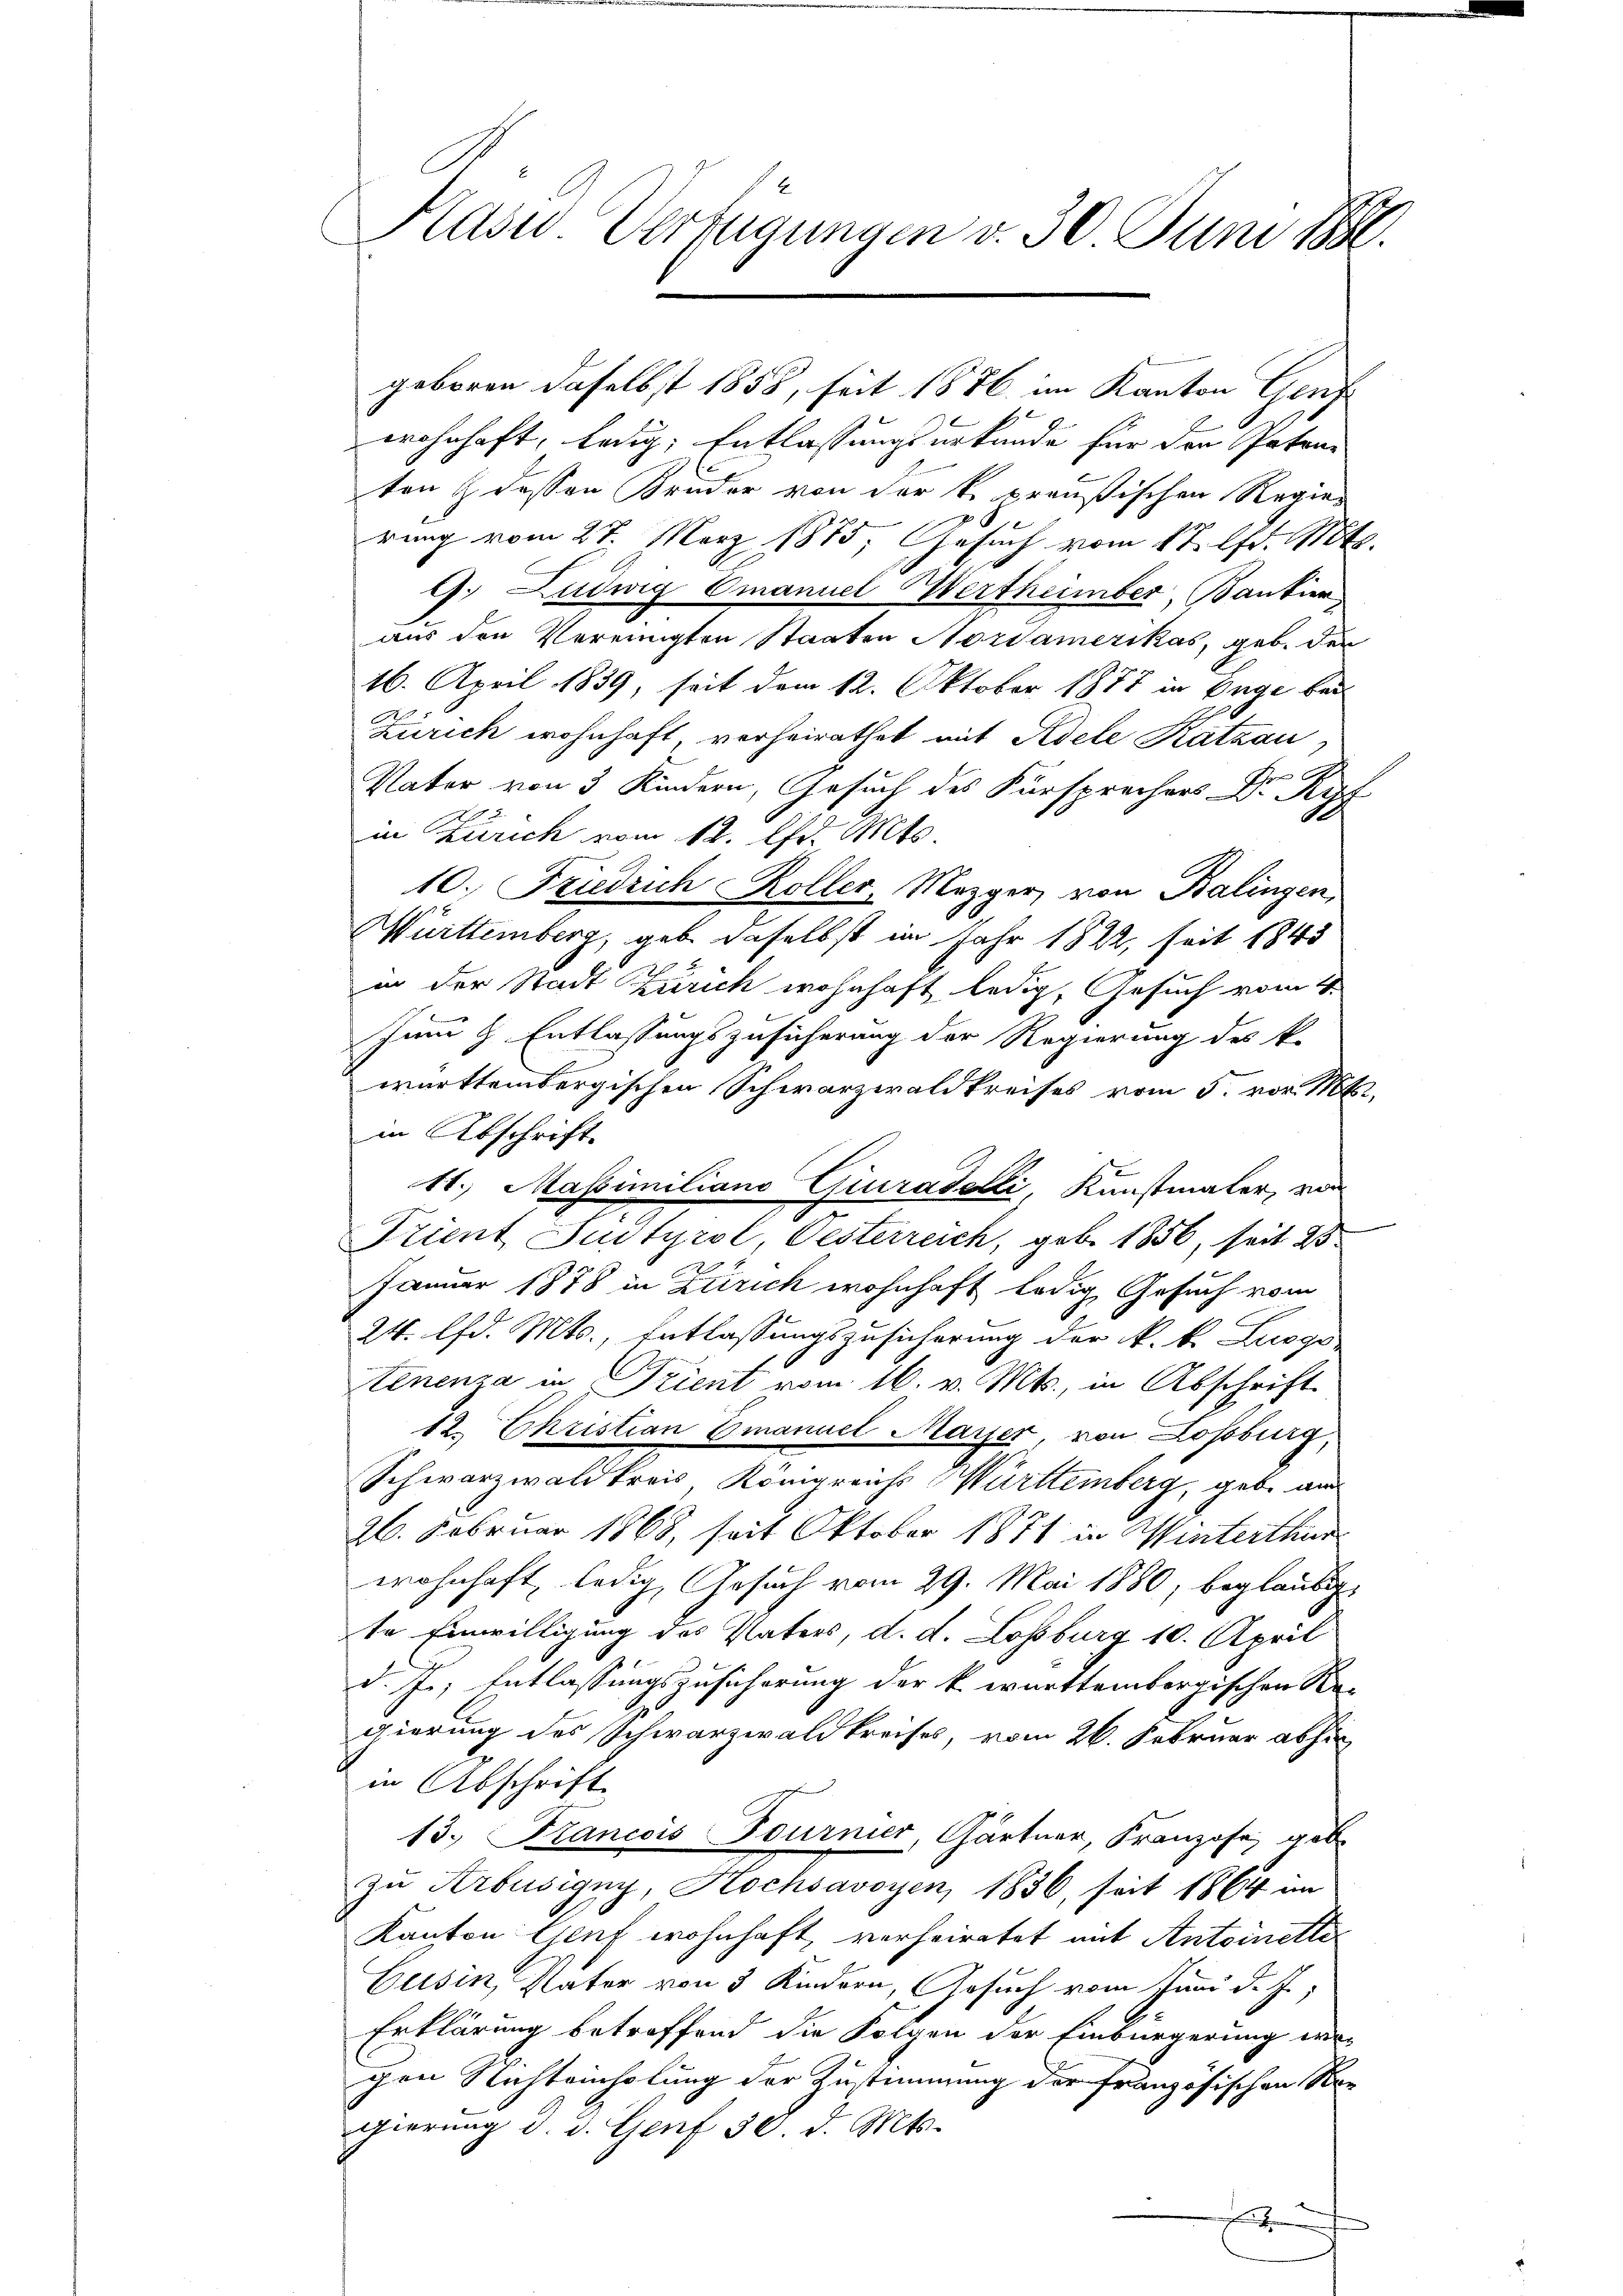
.
Kasu Verfügungen v. 30 Juni 1890.

wohnhaft, ledig, Entlassungsurkunde für den Paten-
ten & dessen Kruder von der k. preußischen Regier
rung vom 27. März 1875; Gesuch vom 17. lfd. Mts.
9. Ludwig Omanuel Wertheimber, Bantier,
aus den Vereinigten Staaten Nordamerikas, geb. der
16. April 1839, seit dem 12. Oktober 1877 in Enge bei
Zürich wohnhaft, verheirathet mit Adele Katzau,
Vater von 3 Kindern, Gesuch des Fürsprechers Dr Ryf
in Zürich vom 12. Chr. Mts.
10. Friedrich Koller, Mezger, von Balingen,
Württemberg, gebe daselbst im Jahr 1822, seit 1843
in der Stadt Zürich wohnhaft ledig, Gesuch vom 4.
Juni l. Entlassungszusicherung der Regierung des k.
württembergischen Schwarzwaldkreises vom 5. vor. Mts.,
in Abschrift
11. Massimiliano Giuradelli, Kunstmaler, von
Kient Judtyrol, Oesterreich, geb. 1856, seit 23
Januar 1878 in Zürich wohnhaft ledig, Gesuch vom
24. lfd. Mts., Entlassungszusicherung der k. k. Luogo
tinenza in Trient vom 16. v. Mts., in Abschrift
12. Ehristian Emanuel Marser, von Lossburg,
Schwarzwaldkreis, Königreichs Württemberg, gebe au
26. Februar 1868, seit Oktober 1871 in Winterthur
wohnhaft, ledig, Gesuch vom 29. Mai 1880, beglaubig
te Einwilligung des Vaters, d. d. Lossburg 10. April
d. Js. Entlassungszusicherung der k. württembergischen Re-
gierung des Schwarzwaldkreises, vom 26. Februar abhin
in Abschrift
13. Francois Fournier, Gärtner, Franzose, gebe
zu Arbusigny, Hochsavoyen, 1836, seit 1864 im
Kanton Genf wohnhaft, verheiratet mit Antoinette
Gusin, Vater von 3 Kindern, Gesuch vom Juni d. J.,
Erklärung betreffend die Folgen der Einbürgerung ver-
chen Nichteinholung der Zustimmung der französischen Ver-
gierung d. d. Genf 30. d. Mts.

geboren daselbst 1858, seit 1876 im Kanton Genf